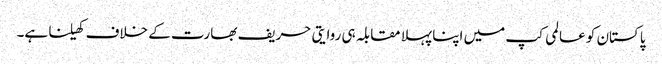
پاکستان کو عالمی کپ میں اپنا پہلا مقابلہ ہی روایتی حریف بھارت کے خلاف کھیلنا ہے۔